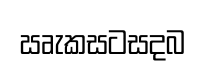
ඍැකසටසදබ